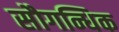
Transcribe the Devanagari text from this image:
सौगन्धिक